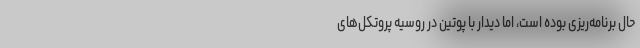
حال برنامه‌ریزی بوده است، اما دیدار با پوتین در روسیه پروتکل‌های